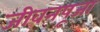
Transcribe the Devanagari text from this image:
जीवनपूजा